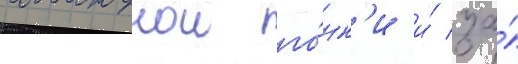
команднои го́нк'и и́ за́